Scientific memoirs by medical officers of the Army of India - Part IV,
Year: 1889
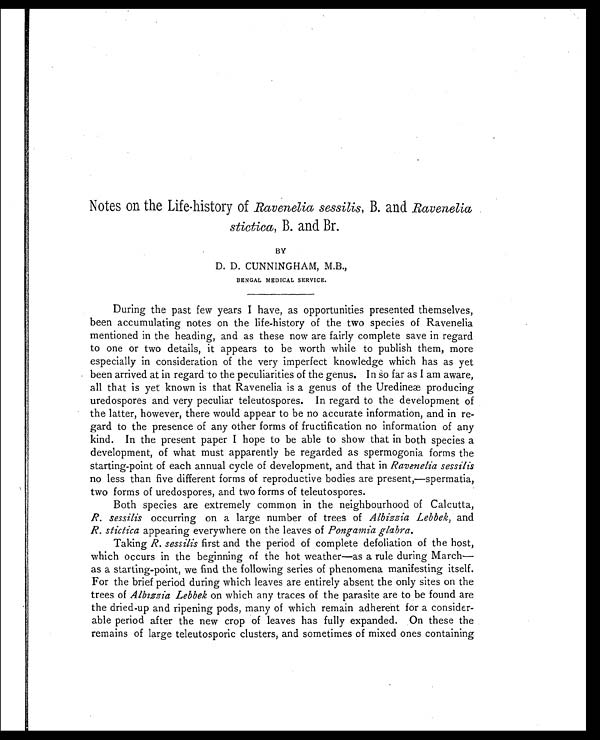
Notes on the Life-history of Ravenelia sessilis, B. and Ravenelia
stictica, B. and Br.
BY
D. D. CUNNINGHAM, M.B.,
BENGAL MEDICAL SERVICE.
During the past few years I have, as opportunities presented themselves,
been accumulating notes on the life-history of the two species of Ravenelia
mentioned in the heading, and as these now are fairly complete save in regard
to one or two details, it appears to be worth while to publish them, more
especially in consideration of the very imperfect knowledge which has as yet
been arrived at in regard to the peculiarities of the genus. In so far as I am aware,
all that is yet known is that Ravenelia is a genus of the Uredineæ producing
uredospores and very peculiar teleutospores. In regard to the development of
the latter, however, there would appear to be no accurate information, and in re
-gard to the presence of any other forms of fructification no information of any
kind. In the present paper I hope to be able to show that in both species a
development, of what must apparently be regarded as spermogonia forms the
starting-point of each annual cycle of development, and that in Ravenelia sessilis
no less than five different forms of reproductive bodies are present,—spermatia,
two forms of uredospores, and two forms of teleutospores.
Both species are extremely common in the neighbourhood of Calcutta,
R. sessilis occurring on a large number of trees of Albizzia Lebbek, and
R. stictica appearing everywhere on the leaves of Pongamia glabra.
Taking R. sessilis first and the period of complete defoliation of the host,
which occurs in the beginning of the hot weather—as a rule during March—
as a starting-point, we find the following series of phenomena manifesting itself.
For the brief period during which leaves are entirely absent the only sites on the
trees of Albizzia Lebbek on which any traces of the parasite are to be found are
the dried-up and ripening pods, many of which remain adherent for a consider
-able period after the new crop of leaves has fully expanded. On these the
remains of large teleutosporic clusters, and sometimes of mixed ones containing